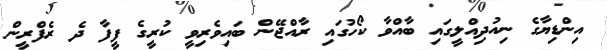
އިންޑިޔާގެ ނިއުދިއްލީގައި ބާއްވާ ކޯހުގައި ރާއްޖޭން ބައިވެރިވީ ކުރީގެ ފީފާ ދެ ރެފްރީން